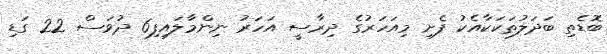
ބޮޑެތި ބަދަލުތަކަކާއެކު ފެށި މިއަހަރުގެ ދިރާސީ އަހަރު ނިންމާލައިފި6 ދުވަސް 22 ގަޑި